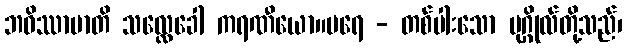
ဘဝိဿာမာတိ သလ္လေခေါ ကရဏီယော။ပရေ - တစ်ပါးသော ပုဂ္ဂိုလ်တို့သည်၊